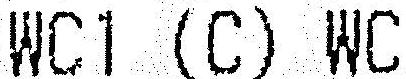
WC1 (C) WC